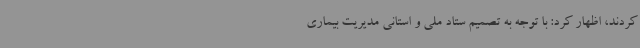
کردند، اظهار کرد: با توجه به تصمیم ستاد ملی و استانی مدیریت بیماری